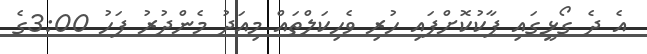
އެ ދެ ގޯޅީގައި ޕާކުކޮށްފައި ހުރި ވެހިކަލްތައް މިއަދު މެންދުރު ފަހު 3:00ގެ